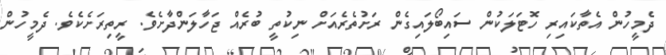
ދެމީހުން އެތާކައިރި ހޮޓަލަކުން ސައިބޯލައިގެން ރަށުތެރެއަށް ނިކުތީ ބުރެއް ޖަހާލަންދާށެވެ. ރީތިރަށެކެވެ. ދެމީހުން